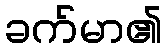
ခက်မာ၏